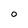
Character: 0